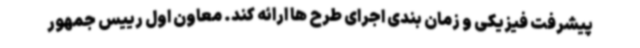
پیشرفت فیزیکی و زمان بندی اجرای طرح ها ارائه کند. معاون اول رییس جمهور